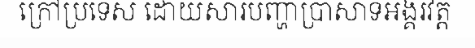
ក្រៅប្រទេស ដោយសារបញ្ហាប្រាសាទអង្គរវត្ត